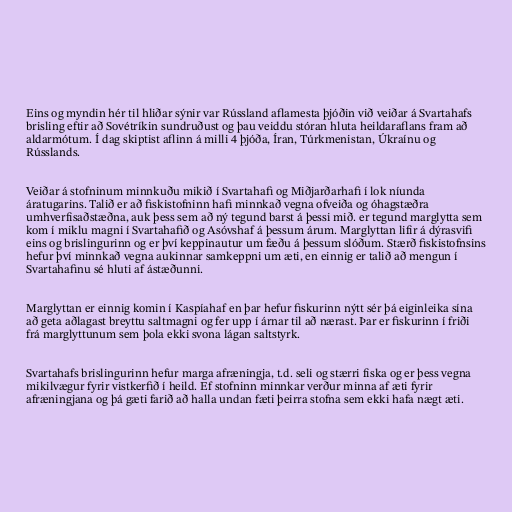
Eins og myndin hér til hliðar sýnir var Rússland aflamesta þjóðin við veiðar á Svartahafs
brisling eftir að Sovétríkin sundruðust og þau veiddu stóran hluta heildaraflans fram að
aldarmótum. Í dag skiptist aflinn á milli 4 þjóða, Íran, Túrkmenistan, Úkraínu og
Rússlands.

Veiðar á stofninum minnkuðu mikið í Svartahafi og Miðjarðarhafi í lok níunda
áratugarins. Talið er að fiskistofninn hafi minnkað vegna ofveiða og óhagstæðra
umhverfisaðstæðna, auk þess sem að ný tegund barst á þessi mið. er tegund marglytta sem
kom í miklu magni í Svartahafið og Asóvshaf á þessum árum. Marglyttan lifir á dýrasvifi
eins og brislingurinn og er því keppinautur um fæðu á þessum slóðum. Stærð fiskistofnsins
hefur því minnkað vegna aukinnar samkeppni um æti, en einnig er talið að mengun í
Svartahafinu sé hluti af ástæðunni.

Marglyttan er einnig komin í Kaspíahaf en þar hefur fiskurinn nýtt sér þá eiginleika sína
að geta aðlagast breyttu saltmagni og fer upp í árnar til að nærast. Þar er fiskurinn í friði
frá marglyttunum sem þola ekki svona lágan saltstyrk.

Svartahafs brislingurinn hefur marga afræningja, t.d. seli og stærri fiska og er þess vegna
mikilvægur fyrir vistkerfið í heild. Ef stofninn minnkar verður minna af æti fyrir
afræningjana og þá gæti farið að halla undan fæti þeirra stofna sem ekki hafa nægt æti.